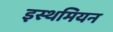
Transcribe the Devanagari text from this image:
इस्थमियन